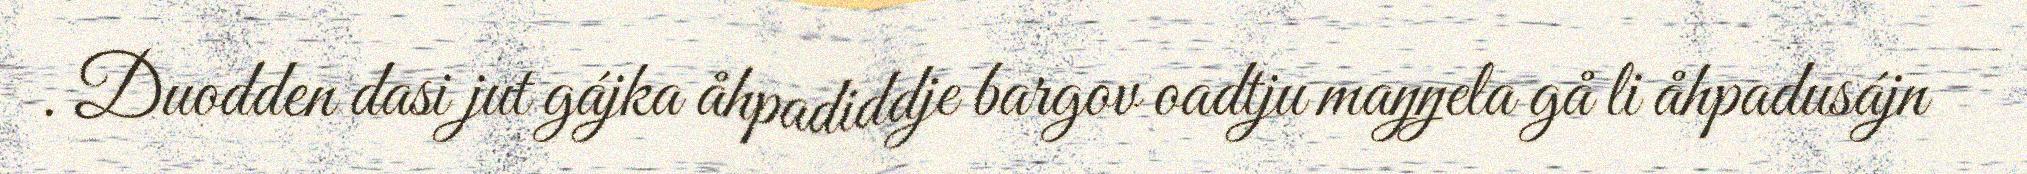
. Duodden dasi jut gájka åhpadiddje bargov oadtju maŋŋela gå li åhpadusájn